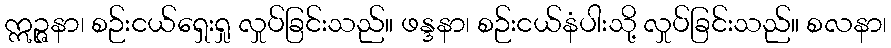
ဣဉ္ဇနာ၊ စဉ်းငယ်ရှေးရှု လှုပ်ခြင်းသည်။ ဖန္ဒနာ၊ စဉ်းငယ်နံပါးသို့ လှုပ်ခြင်းသည်။ စလနာ၊